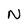
Character: N